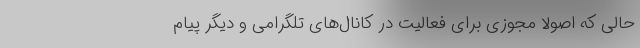
حالی که اصولاً مجوزی برای فعالیت در کانال‌های تلگرامی و دیگر پیام